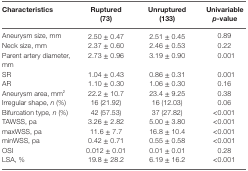
| Characteristics | Ruptured (73) | Unruptured (133) | Univariable p-value |
 | --- | --- | --- | --- |
 | Aneurysm size, mm | 2.50 ± 0.47 | 2.51 ± 0.45 | 0.89 |
 | Neck size, mm | 2.37 ± 0.60 | 2.46 ± 0.53 | 0.22 |
 | Parent artery diameter, mm | 2.73 ± 0.96 | 3.19 ± 0.90 | 0.001 |
 | SR | 1.04 ± 0.43 | 0.86 ± 0.31 | 0.001 |
 | AR | 1.10 ± 0.30 | 1.06 ± 0.30 | 0.16 |
 | Aneurysm area, mm2 | 22.2 ± 10.7 | 23.4 ± 9.25 | 0.38 |
 | Irregular shape, n (%) | 16 (21.92) | 16 (12.03) | 0.06 |
 | Bifurcation type, n (%) | 42 (57.53) | 37 (27.82) | <0.001 |
 | TAWSS, pa | 3.26 ± 2.82 | 5.00 ± 3.80 | <0.001 |
 | maxWSS, pa | 11.6 ± 7.7 | 16.8 ± 10.4 | <0.001 |
 | minWSS, pa | 0.42 ± 0.71 | 0.55 ± 0.58 | <0.001 |
 | OSI | 0.012 ± 0.01 | 0.01 ± 0.01 | 0.28 |
 | LSA, % | 19.8 ± 28.2 | 6.19 ± 16.2 | <0.001 |